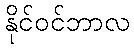
နိုင်ဝင်ဘာလ